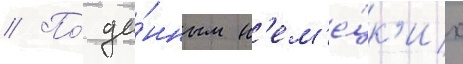
// По́ да́нным н'ем'е́цк'их